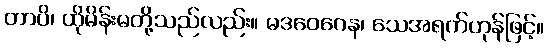
တာပိ၊ ထိုမိန်းမတို့သည်လည်း။ မဒဝေဂေန၊ သေအရက်ဟုန်ဖြင့်။